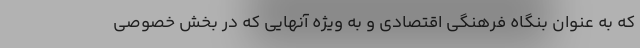
که به عنوان بنگاه فرهنگی اقتصادی و به ویژه آنهایی که در بخش خصوصی